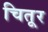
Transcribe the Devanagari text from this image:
चितूर